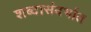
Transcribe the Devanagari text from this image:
शब्दासंदर्भात